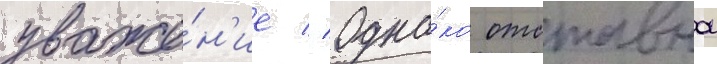
уваже́н'ие // Одна́ко отставнои